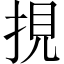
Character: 挸